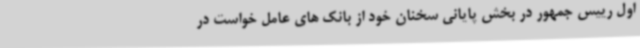
اول رییس جمهور در بخش پایانی سخنان خود از بانک های عامل خواست در